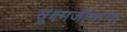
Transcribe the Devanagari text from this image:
सूक्ष्मजीवांना